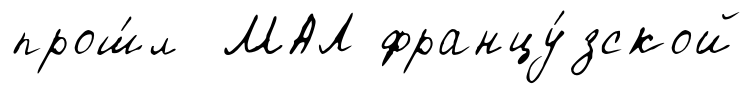
прош́л МАЛ францу́зской